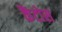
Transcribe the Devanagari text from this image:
कैंटोस